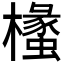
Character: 𭬧